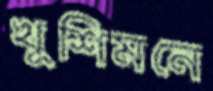
খুশিমনে